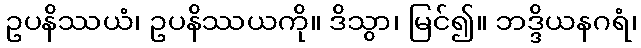
ဥပနိဿယံ၊ ဥပနိဿယကို။ ဒိသွာ၊ မြင်၍။ ဘဒ္ဒိယနဂရံ၊